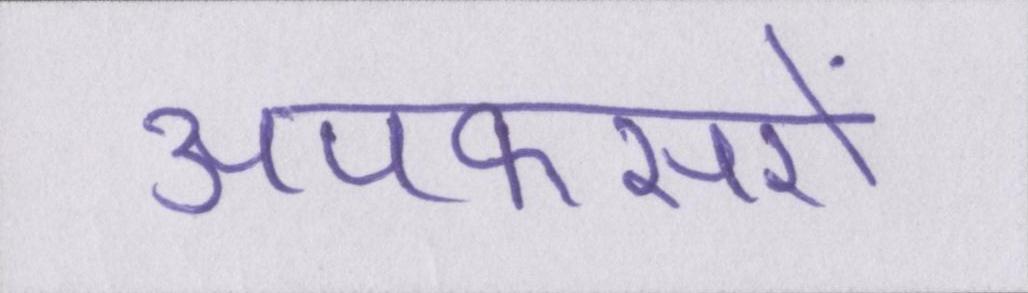
अपफसरों